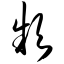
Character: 频